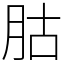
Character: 𦙶